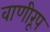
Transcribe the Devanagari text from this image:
वाणीरूप